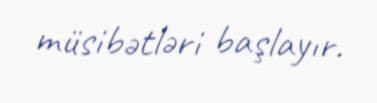
müsibətləri başlayır.